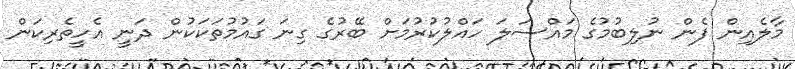
މާލެއިން ފެން ނުލިބުމުގެ މައްސަލަ ހައްލުކުރުމަށް ބޭރުގެ ގިނަ ގައުމުތަކަކުން ދަނީ އެހީތެރިކަން